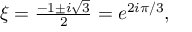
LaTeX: \textstyle \xi = { \frac { - 1 \pm i { \sqrt { 3 } } } { 2 } } = e ^ { 2 i \pi / 3 } ,